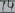
Text: 14